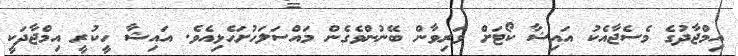
އިމްޖާދުގެ މެސެޖާއެކު އައިޝާ ކޯޓަށް ވަރިވާން ބޭނުންވެގެން މައްސަލަހުށަހެޅިއެވެ. އައިޝާ ހީކުރީ އިމްޖާދަކީ